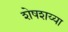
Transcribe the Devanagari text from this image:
शेषशय्या